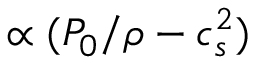
\propto ( P _ { 0 } / \rho - c _ { s } ^ { 2 } )